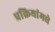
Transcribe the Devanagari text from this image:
प्रक्रियांमधे